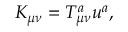
K _ { \mu \nu } = T _ { \mu \nu } ^ { a } u ^ { a } ,